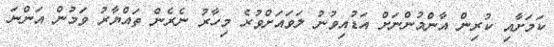
ކަމަށާއި ކުރިން އާންމުންނަށް އަޑުއިވުނު ލަވައަށްވުރެ މިހާރު ނެރެން ތައްޔާރު ވަމުން އަންނަ